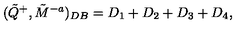
( \tilde { Q } ^ { + } , \tilde { M } ^ { - a } ) _ { D B } = D _ { 1 } + D _ { 2 } + D _ { 3 } + D _ { 4 } ,